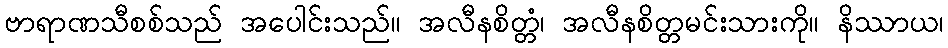
ဗာရာဏသီစစ်သည် အပေါင်းသည်။ အလီနစိတ္တံ၊ အလီနစိတ္တမင်းသားကို။ နိဿာယ၊